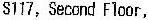
S117, SECOND FLOOR,